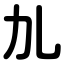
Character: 劜